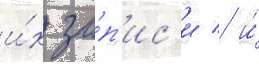
и́х за́п'ис'и / и́